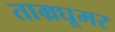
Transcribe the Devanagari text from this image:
ताम्रघूमर